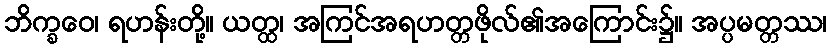
ဘိက္ခဝေ၊ ရဟန်းတို့။ ယတ္ထ၊ အကြင်အရဟတ္တဖိုလ်၏အကြောင်း၌။ အပ္ပမတ္တဿ၊